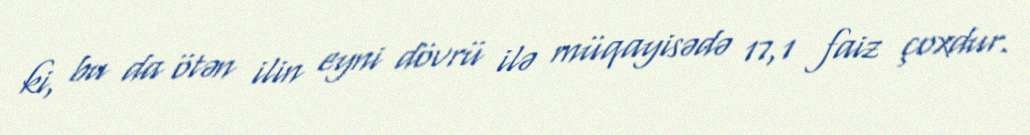
ki, bu da ötən ilin eyni dövrü ilə müqayisədə 17,1 faiz çoxdur.